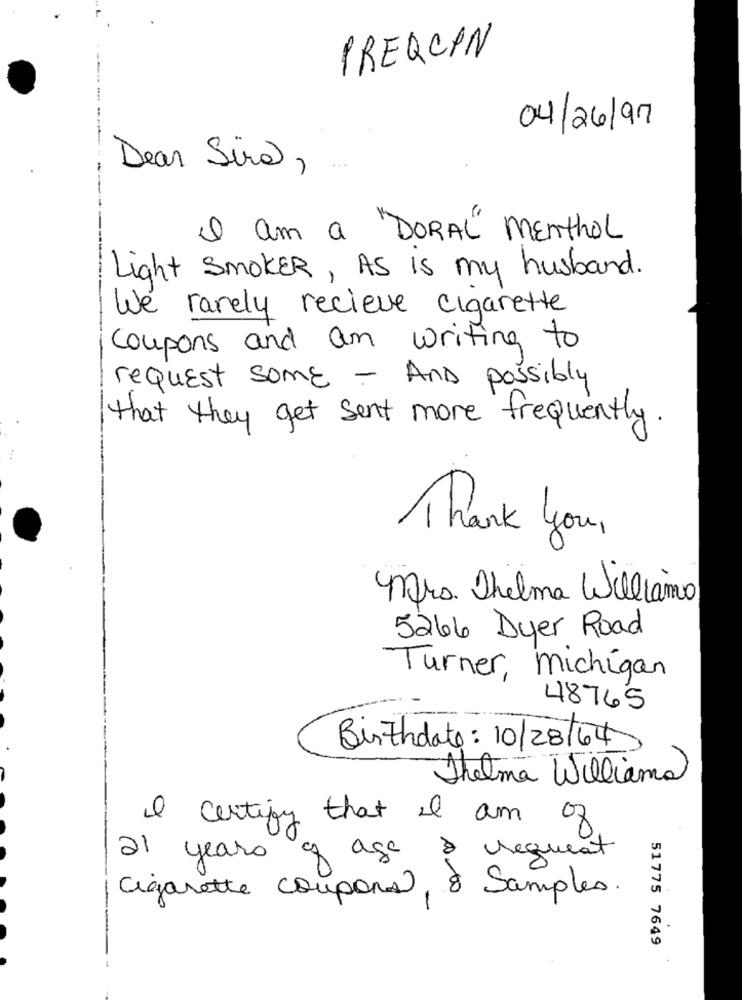
PREQCIN
04/26/97
Dear Sira,
am a "DORAL" Menthol
Light SmoKER, AS Is my husband.
We rarely recieve cigarette
coupons and am writing to
request some - And possibly
that they get sent more frequently .
Thank you,
Mrs. Thelma Williams
5266 Dyer Road
Turner, michigan
48765
Birthdate: 10/28/64
Thelma Williama
I certify that i am of
21 years of age
à request
Cigarette coupons, 8 Samples.
51775 7649